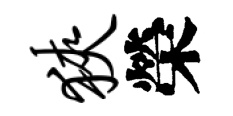
狭榮